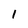
Character: 1